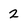
Character: 2